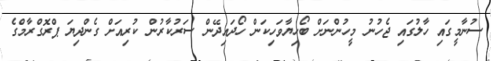
ސުނާމީގައި ހާލުގައި ޖެހުނު މީހުންނަށް ބޯހިޔާވަހިކަން ހޯދައިދޭން ސަރުކާރުން ކުރިއަށް ގެންދިޔަ ޕްރޮގްރާމްގެ